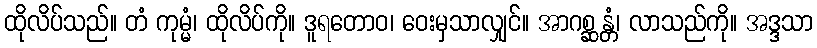
ထိုလိပ်သည်။ တံ ကုမ္မံ၊ ထိုလိပ်ကို။ ဒူရတောဝ၊ ဝေးမှသာလျှင်။ အာဂစ္ဆန္တံ၊ လာသည်ကို။ အဒ္ဒသာ